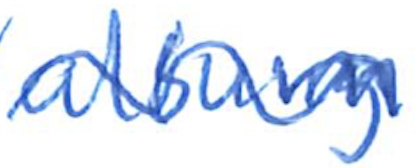
Text: album
Cross-out: mix
Writing tool: ballpoint